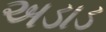
અડાડ